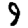
Digit: 9